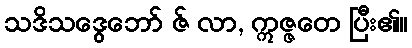
သဒိသဒွေဘော် ဇ် လာ, ဣဇ္ဇတေ ပြီး၏။